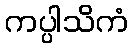
ကပ္ပါသိကံ